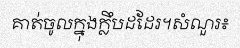
គាត់ចូលក្នុងក្លឹបដដែរ។សំណួរ៖